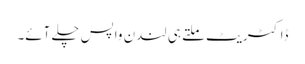
ڈاکٹریٹ ملتے ہی لندن واپس چلے آئے۔